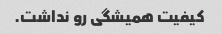
کیفیت همیشگی رو نداشت.